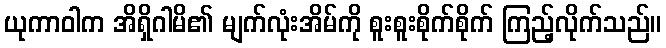
ယုကာဝါက အိရှိဂါမိ၏ မျက်လုံးအိမ်ကို စူးစူးစိုက်စိုက် ကြည့်လိုက်သည်။